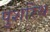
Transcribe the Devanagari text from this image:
पुशरिथ